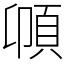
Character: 𩑝